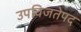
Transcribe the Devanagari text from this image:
उपविजतेपद